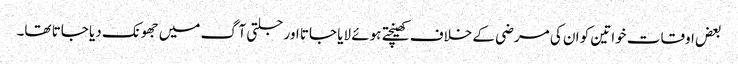
بعض اوقات خواتین کو ان کی مرضی کے خلاف کھینچتے ہوئے لایا جاتا اور جلتی آگ میں جھونک دیا جاتا تھا۔